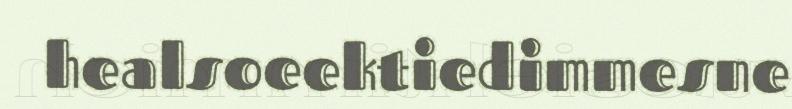
healsoeektiedimmesne